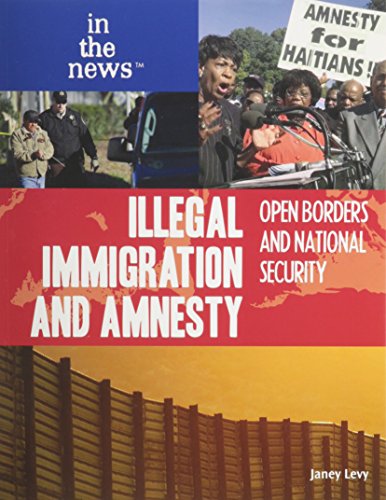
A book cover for Illegal Immigration and Amnesty: Open Borders and National Security (In the News); Janey Levy; Children's Books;